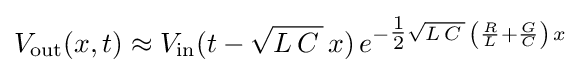
V_{\mathrm {out} }(x,t)\approx V_{\mathrm {in} }(t-{\sqrt {L\,C\,}}\,x)\,e^{-{\tfrac {1}{2}}{\sqrt {L\,C\,}}\,\left({\frac {R}{L}}+{\frac {G}{C}}\right)\,x}